Report on vaccination in Madras 1895-1903 - 1895-1903
Year: 1895
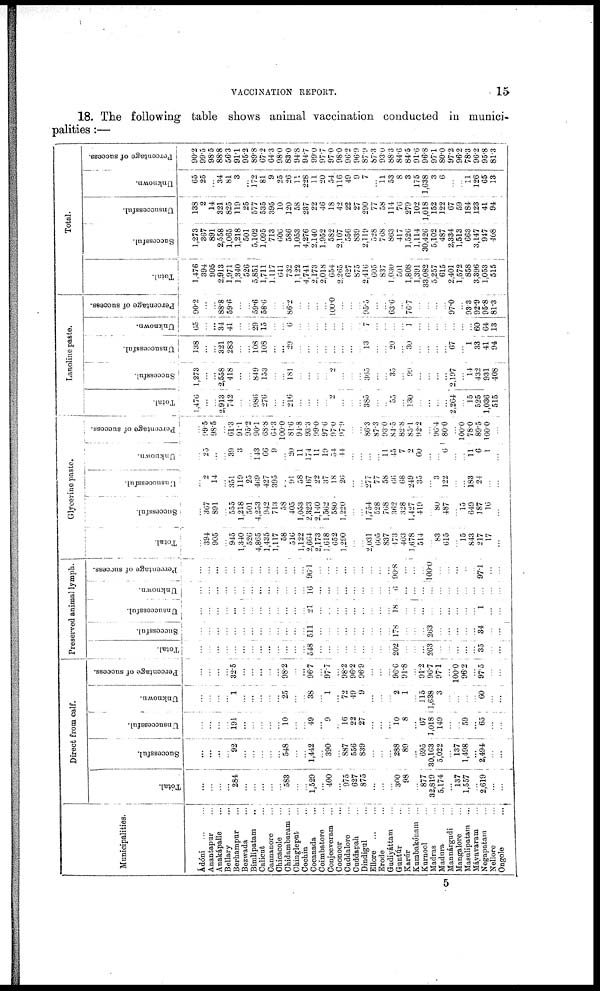
VACCINATION REPORT.
15
18. The following table shows animal vaccination conducted in munici-
palities:—
Municipalities.
Ádóni
...
...
Anantapur ...
Anakápalle ...
Bellary ...
Berhampur ...
Bezwada ...
Bimlipatam
...
Calicut ...
Cannanore
...
Chicacole
...
Chidambaram ...
Chingleput
...
Cochin
...
Cocanada ...
Coimbatore
...
Conjeeveram ...
Coonoor
...
Cuddalore ...
Cuddapah ...
Dindigul
...
Ellore
...
...
Erode
...
Gudiyáttam ...
Guntúr
...
Karúr
...
Kumbakóuam ...
Kurnool ...
Madras
...
Madura ...
Mannárgudi
...
Mangalore
...
Masulipatam
...
Máyavaram
...
Negapatam
...
Nellore ...
Ongole
...
Direct from calf.
Total.
...
...
...
...
284
...
...
...
...
...
583
...
...
1,629
...
400
...
975
627
875
...
...
...
300
98
...
877
32,819
5,174
...
137
1,557
...
2,619
...
...
Successful.
...
...
...
...
92
...
...
...
...
...
548
...
...
1,442
...
390
...
887
556
839
...
...
...
288
89
...
695
30,163
5,022
...
137
1,498
...
2,494
...
...
Unsuccessful.
...
...
...
...
191
...
...
...
...
...
10
...
...
49
...
9
...
16
22
27
...
...
...
10
8
...
67
1,018
149
...
...
59
...
65
...
...
Unknown.
...
...
...
...
1
...
...
...
...
...
25
...
...
38
...
1
...
72
49
9
...
...
...
2
1
...
115
1,638
3
...
...
...
...
60
...
...
Percentage of success.
...
...
...
...
32.5
...
...
...
...
...
98.2
...
...
96.7
...
97.7
...
98.2
96.2
96.9
...
...
...
96.6
91.8
...
91.2
96.7
97.1
...
100.0
96.2
...
97.5
...
...
Preserved animal lymph.
Total.
...
...
...
...
...
...
...
...
...
...
...
...
...
548
...
...
...
...
...
...
...
...
...
202
...
...
...
263
...
...
...
...
...
35
...
...
Successful.
...
...
...
...
...
...
...
...
...
...
...
...
...
511
...
...
...
...
...
...
...
...
...
178
...
...
...
263
...
...
...
...
...
34
...
...
Unsuccessful.
...
...
...
...
...
...
...
...
...
...
...
...
...
21
...
...
...
...
...
...
...
...
...
18
...
...
...
...
...
...
...
...
...
1
...
...
Unknown.
...
...
...
...
...
...
...
...
...
...
...
...
...
16
...
...
...
...
...
...
...
...
...
6
...
...
...
...
...
...
...
...
...
...
...
...
Percentage of success.
...
...
...
...
...
...
...
...
...
...
...
...
...
96.1
...
...
...
...
...
...
...
...
...
90.8
...
...
...
100.0
...
...
...
...
...
97.1
...
...
Glycerine paste.
Total.
...
394
905
...
945
1,340
526
4,865
1,435
1,117
58
516
1,122
2,664
2,173
1,618
652
1,290
...
...
2,031
605
837
473
403
1,678
514
...
83
615
...
15
843
217
17
...
Successful.
...
367
891
...
555
1,218
501
4,253
942
713
58
405
1,053
2,323
2,140
1,562
580
1,220
...
...
1,754
528
768
362
328
1,427
419
...
80
487
...
15
649
187
16
...
Unsuccessful.
...
2
14
...
351
119
25
469
427
395
...
91
58
167
22
37
18
26
...
...
277
77
58
66
68
249
35
...
3
122
...
...
188
24
...
...
Unknown.
...
25
...
...
39
3
...
143
66
9
...
20
11
174
11
19
54
44
...
...
...
...
11
45
7
2
60
...
...
6
...
...
11
6
1
...
Percentage of success.
...
99.5
98.5
...
61.3
91.1
95.2
90.1
68.8
64.3
100.0
81.6
94.8
93.3
99.0
97.6
97.0
97.9
...
...
86.3
87.3
93.0
84.5
82.8
85.1
92.2
...
96.4
80.0
...
100.0
78.0
89.5
100.0
...
Lanoline paste.
Total.
1,476
...
...
2,913
742
...
...
986
276
...
...
216
...
...
...
...
2
...
...
...
385
...
...
55
...
130
...
...
...
...
2,264
...
15
525
1,036
515
Successful.
1,273
...
...
2,558
418
...
...
849
153
...
...
181
...
...
...
...
2
...
...
...
365
...
...
35
...
99
...
...
...
...
2,197
...
14
432
931
408
Unsuccessful.
138
...
...
321
283
...
...
108
108
...
...
29
...
...
...
...
...
...
...
...
13
...
...
20
...
30
...
...
...
...
67
...
1
33
41 94
Unknown.
65
...
...
34
41
...
...
29
15
...
...
6
...
...
...
...
...
...
...
...
7
...
...
...
...
1
...
...
...
...
...
...
...
60
64
13
Percentage of success.
90.2
...
...
88.8
59.6
...
...
59.6
58.6
...
...
86.2
...
...
...
...
100.0
...
...
...
95.5
...
...
63.6
...
76.7
...
...
...
...
97.0
...
93.3
92.9
95.8
81.3
Total.
Total.
1,476
394
905
2,913
1,971
1,340
526
5,851
1,711
1,117
641
732
1,122
4,741
2,173
2,018
654
2,265
627
875
2,416
605
837
1,030
501
1,808
1,391
33,082
5,257
615
2,401
1,572
858
3,396
1,053
515
Successful.
1,273
367
891
2,558
1,065
1,218
501
5,102
1,095
713
606
586
1,053
4,276
2,140
1,952
582
2,107
556
839
2,119
528
768
863
417
1,526
1,114
30,426
5,102
487
2,334
1,513
663
3,147
947
408
Unsuccessful.
138
2
14
321
825
119
25
577
535
395
10
120
58
237
22
46
18
42
22
27
290
77
58
114
76
279
102
1,018
152
122
67
59
184
123
41
94
Unknown.
65
25
...
34
81
3
...
172
81
9
25
26
11
228
11
20
54
116
49
9
7
...
11
53
8
3
175
1,638
3
6
...
...
11
126
65
13
Percentage of success.
90.2
99.5
98.5
88.8
56.3
91.1
95.2
89.8
67.2
64.3
98.0
83.0
94.8
94.7
99.0
97.7
97.0
98.0
96.2
96.9
87.9
87.3
93.0
88.3
84.6
84.5
91.6
96.8
97.1
80.0
97.2
96.2
78.3
96.2
95.8
81.3
5